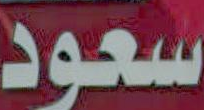
سعود